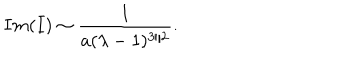
I m ( I ) \sim { \frac { 1 } { a ( \lambda - 1 ) ^ { 3 / 2 } } } .